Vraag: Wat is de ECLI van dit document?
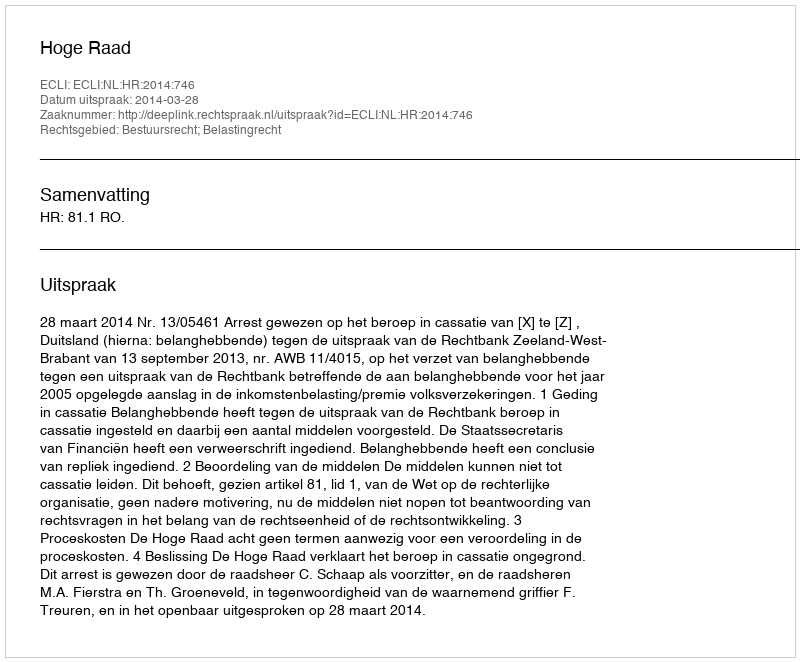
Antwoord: ECLI:NL:HR:2014:746